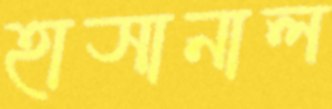
হাসানাল